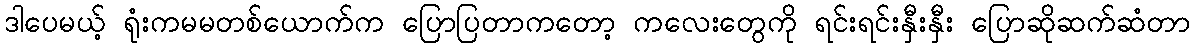
ဒါပေမယ့် ရုံးကမမတစ်ယောက်က ပြောပြတာကတော့ ကလေးတွေကို ရင်းရင်းနှီးနှီး ပြောဆိုဆက်ဆံတာ